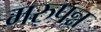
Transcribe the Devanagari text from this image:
मरुपन्न